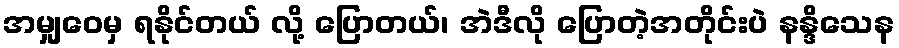
အမျှဝေမှ ရနိုင်တယ် လို့ ပြောတယ်၊ အဲဒီလို ပြောတဲ့အတိုင်းပဲ နန္ဒိသေန